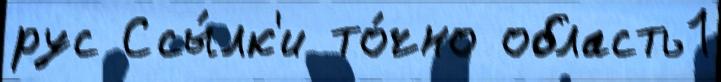
рус Ссы́лк'и то́чно область1